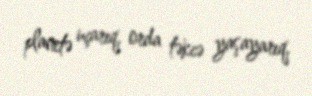
planetə uçarıq, orda təkcə yaşayarıq.